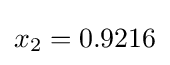
x_{2}=0.9216